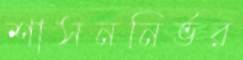
শাসননির্ভর